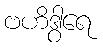
ဗဟိဒွါရေ